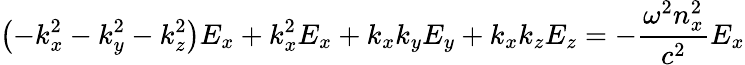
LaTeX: \left(-k_{x}^{2}-k_{y}^{2}-k_{z}^{2}\right)E_{x}+k_{x}^{2}E_{x}+k_{x}k_{y}E_{y}+k_{x}k_{z}E_{z}=-{\frac{\omega^{2}n_{x}^{2}}{c^{2}}}E_{x}